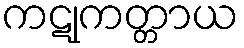
ကဋုကတ္တာယ